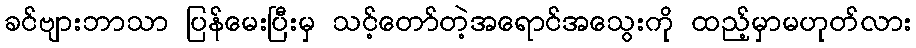
ခင်ဗျားဘာသာ ပြန်မေးပြီးမှ သင့်တော်တဲ့အရောင်အသွေးကို ထည့်မှာမဟုတ်လား